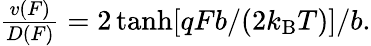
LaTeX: \begin{array}{r}{\frac{v(F)}{D(F)}=2\operatorname{tanh}[qFb/(2k_{\mathrm{B}}T)]/b.}\end{array}